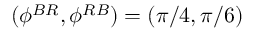
( \phi ^ { B R } , \phi ^ { R B } ) = ( \pi / 4 , \pi / 6 )